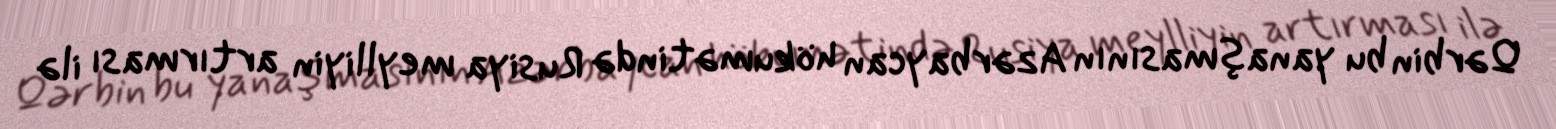
Qərbin bu yanaşmasının Azərbaycan hökumətində Rusiya meylliyin artırması ilə